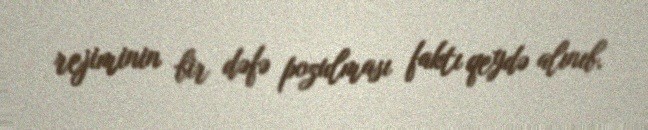
rejiminin bir dəfə pozulması faktı qeydə alınıb.